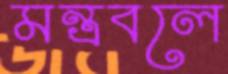
মন্ত্রবলে